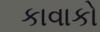
કાવાકો